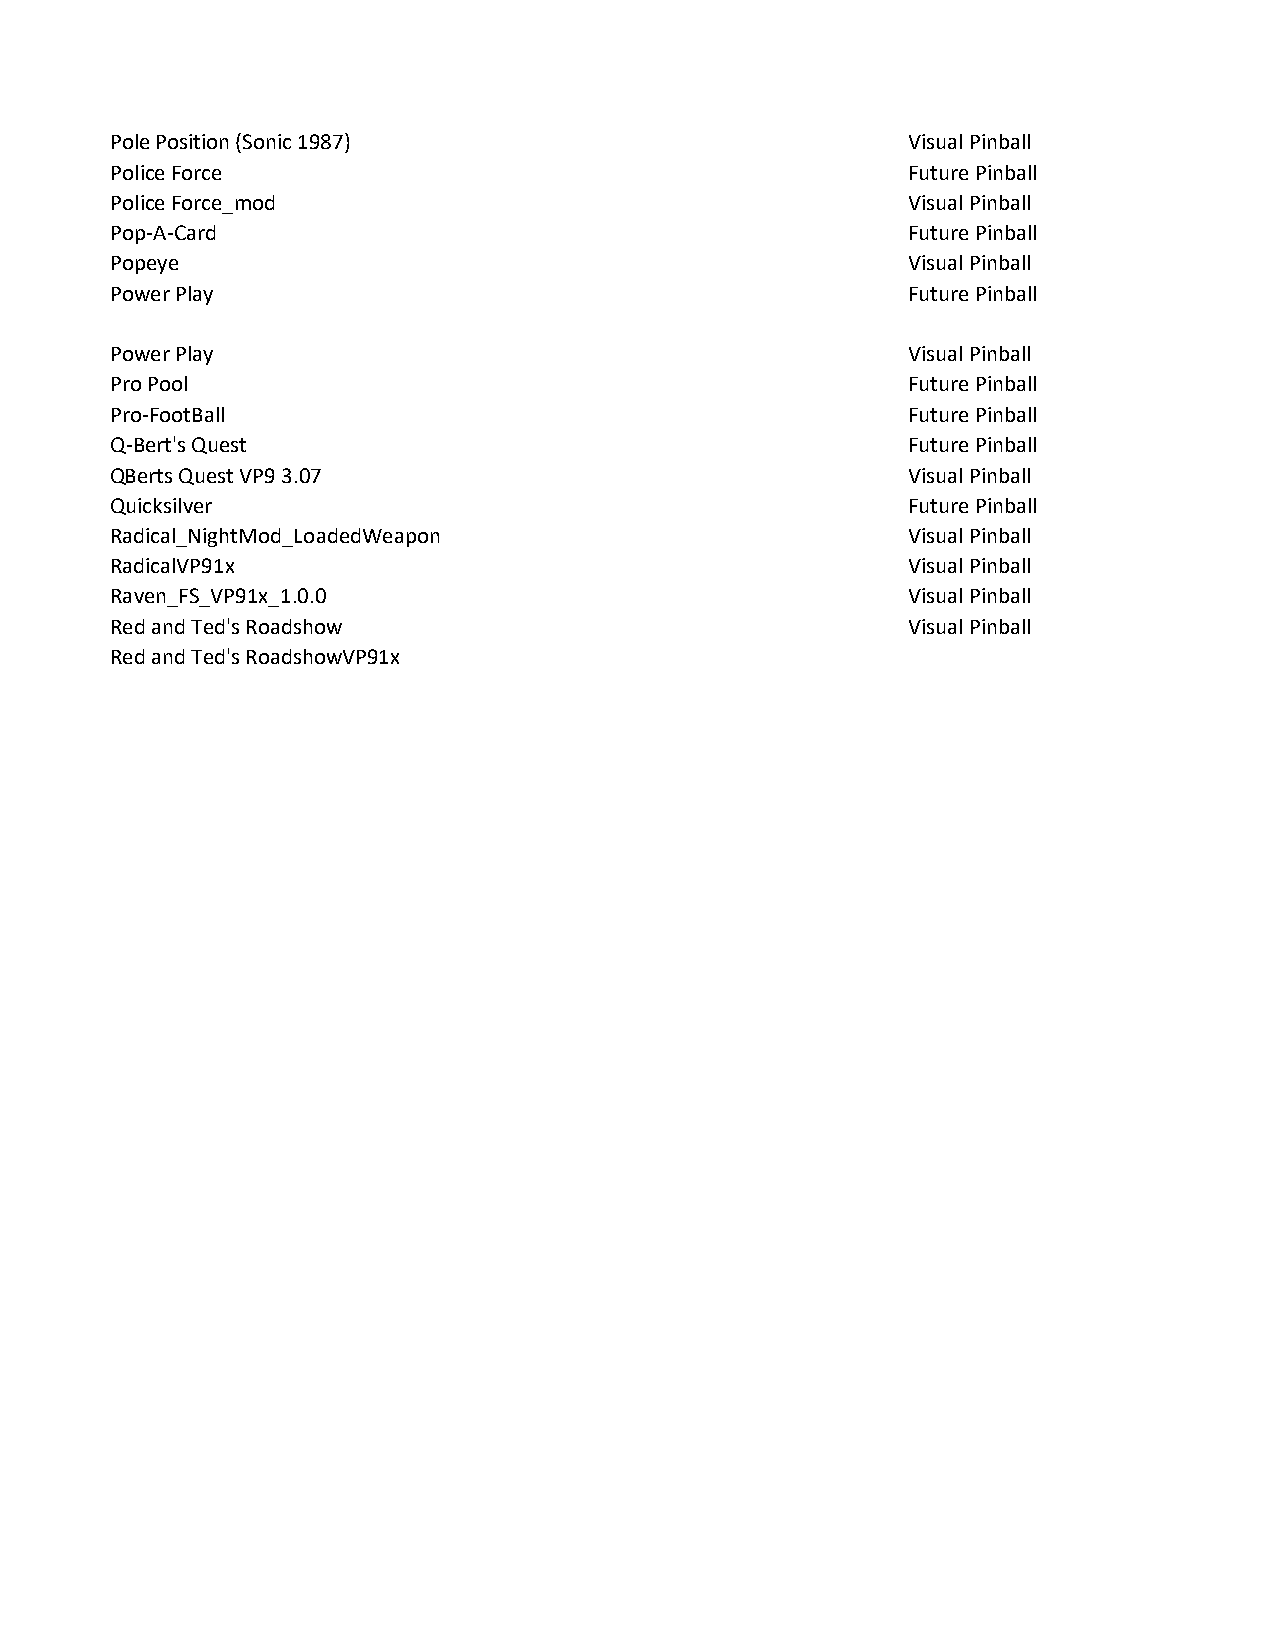
Pole Position (Sonic 1987)                           Visual Pinball
 Police Force                                         Future Pinball
 Police Force_mod                                     Visual Pinball
 Pop-A-Card                                           Future Pinball
 Popeye                                               Visual Pinball
 Power Play                                           Future Pinball
 Power Play                                           Visual Pinball
 Pro Pool                                             Future Pinball
 Pro-FootBall                                         Future Pinball
 Q-Bert's Quest                                       Future Pinball
 QBerts Quest VP9 3.07                                Visual Pinball
 Quicksilver                                          Future Pinball
 Radical_NightMod_LoadedWeapon                        Visual Pinball
 RadicalVP91x                                         Visual Pinball
 Raven_FS_VP91x_1.0.0                                 Visual Pinball
 Red and Ted's Roadshow                               Visual Pinball
 Red and Ted's RoadshowVP91x